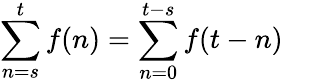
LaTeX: \sum_{n=s}^{t}f(n)=\sum_{n=0}^{t-s}f(t-n)\quad